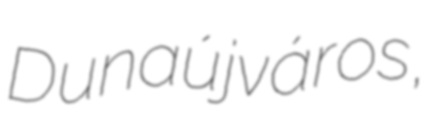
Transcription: Dunaújváros,